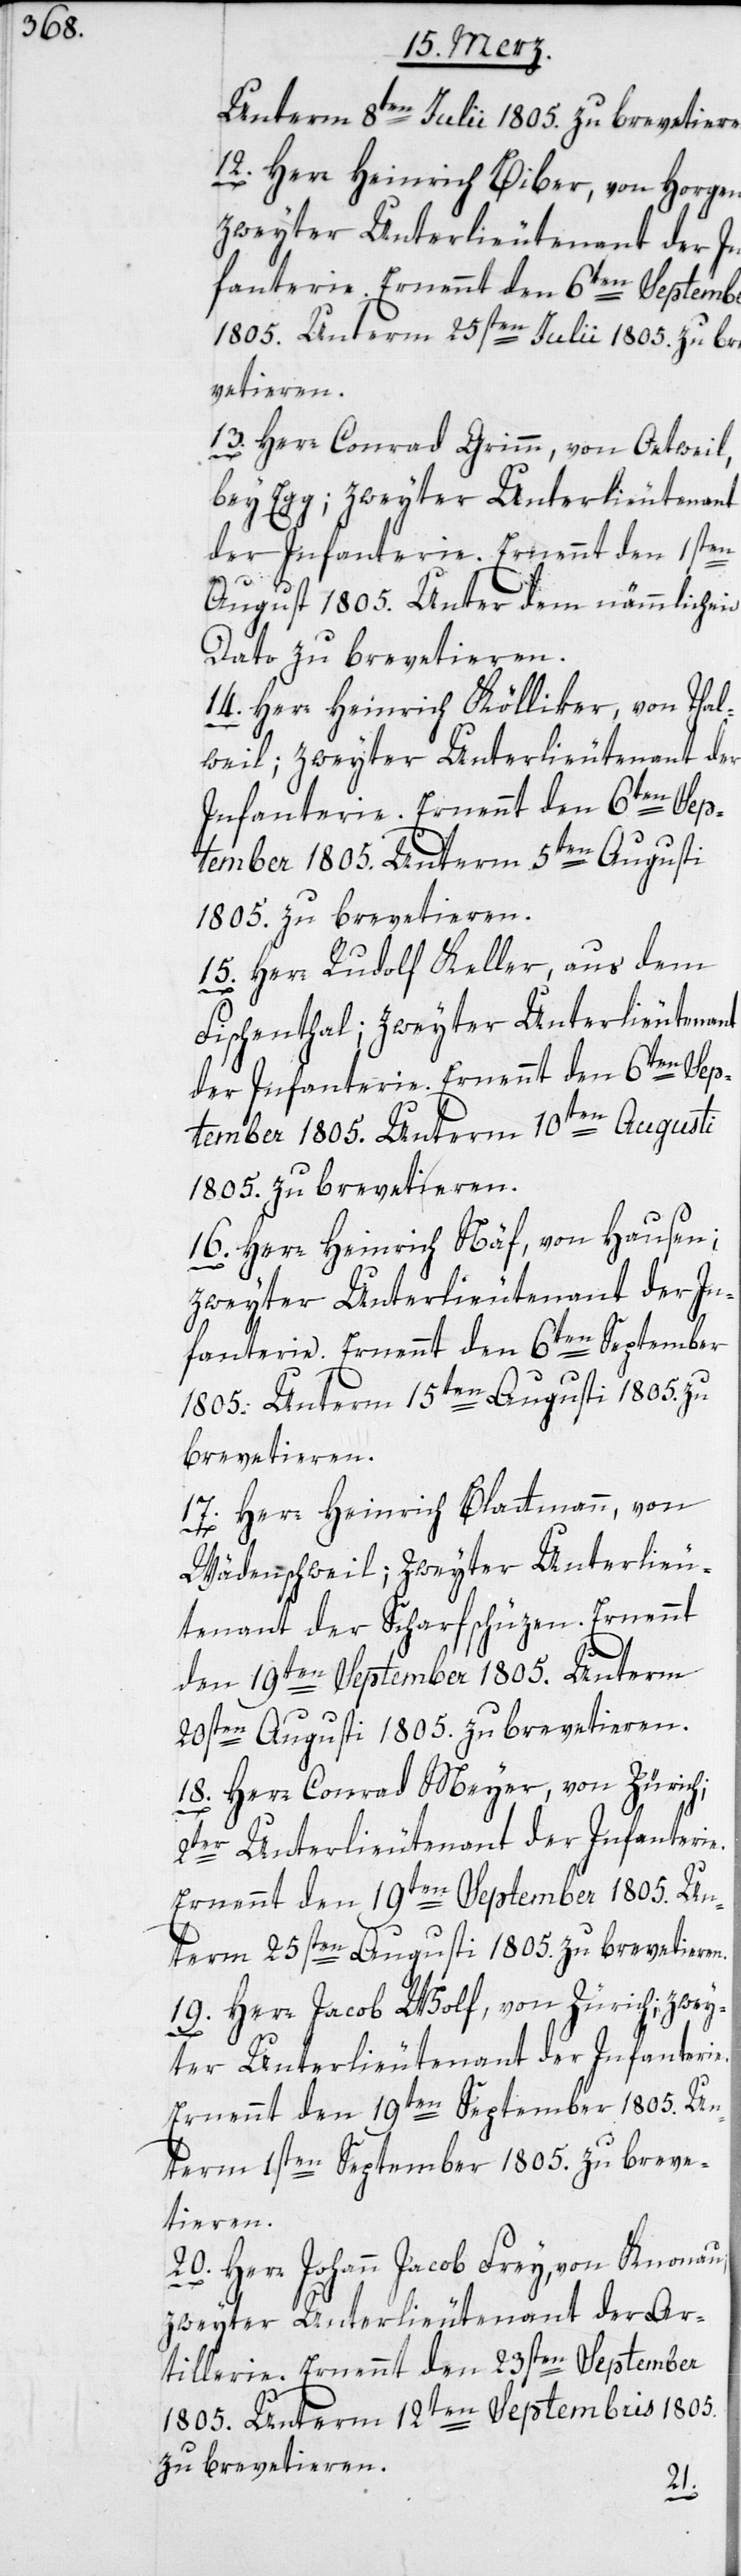
Unterm 8ten Julii 1805. zu brevetieren.
12. Herr Heinrich Biber, von Horgen;
1805. Unterm 25sten Julii 1805. zu bre¬
vetieren.
13. Herr Conrad Grimm, von Oetweil,
bey Egg; zweyter Unterlieutenant
der Infanterie. Ernennt den 1sten
August 1805. Unter dem nämmlichen
Dato zu brevetieren.
14. Herr Heinrich Kölliker, von Thal¬
weil; zweyter Unterlieutenant der
Infanterie. Ernennt den 6ten Sep¬
tember 1805. Unterm 5ten Augusti
1805. zu brevetieren.
15. Herr Rudolf Keller, aus dem
Fischenthal; zweyter Unterlieutenant
der Infanterie. Ernennt den 6ten Sep¬
tember 1805. Unterm 10ten Augusti
1805. zu brevetieren.
16. Herr Heinrich Näf, von Hausen;
zweyter Unterlieutenant der In¬
fanterie. Ernennt den 6ten September
1805. Unterm 15ten Augusti 1805. zu
brevetieren.
17. Herr Heinrich Blattmann, von
Wädenschweil; zweyter Unterlieu¬
tenant der Scharfschüzen. Ernennt
den 19ten September 1805. Unterm
20sten Augusti 1805. zu brevetieren.
18. Herr Conrad Meyer, von Zürich;
2ter Unterlieutenant der Infanterie.
term 25sten Augusti 1805. zu brevetieren.
19. Herr Jacob Wolf, von Zürich; zwey¬
ter Unterlieutenant der Infanterie.
Ernennt den 19ten September 1805. Un¬
term 1sten September 1805. zu breve¬
tieren.
20. Herr Johann Jacob Frey, von Knonau;
zweyter Unterlieutenant der Ar¬
tillerie. Ernennt den 23sten September
1805. Unterm 12ten Septembris 1805.
zu brevetieren.